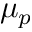
\mu _ { p }